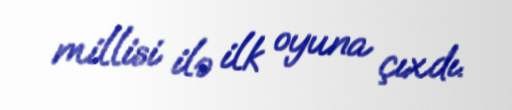
millisi ilə ilk oyuna çıxdı.